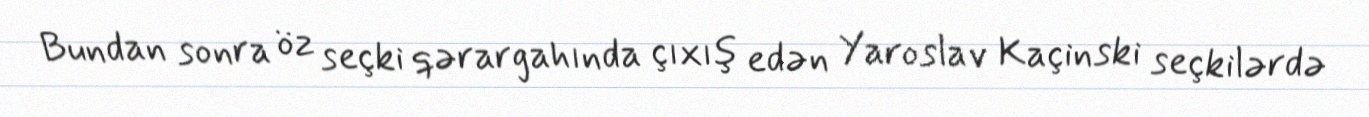
Bundan sonra öz seçki qərargahında çıxış edən Yaroslav Kaçinski seçkilərdə